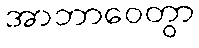
အာဘာဝေတွာ